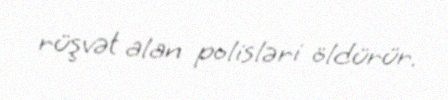
rüşvət alan polisləri öldürür.